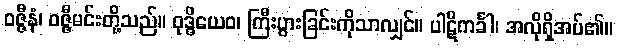
ဝဇ္ဇီနံ၊ ဝဇ္ဇီမင်းတို့သည်။ ဝုဒ္ဓိယေဝ၊ ကြီးပွားခြင်းကိုသာလျှင်။ ပါဋိကင်္ခါ၊ အလိုရှိအပ်၏။